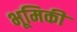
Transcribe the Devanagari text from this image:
भूमिकी